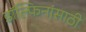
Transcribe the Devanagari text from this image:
डॉल्फिनांसाठी